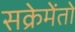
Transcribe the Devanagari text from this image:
सक्रेमेंतो